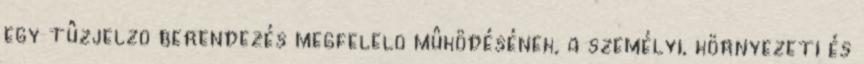
egy tûzjelzõ berendezés megfelelõ mûködésének, a személyi, környezeti és